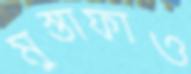
মুস্তাফাও